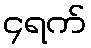
၄ရက်